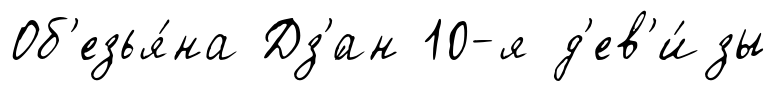
Об'езья́на Дз'́ан 10-я д'ев'и́зы